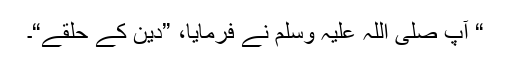
“ آپ صلی اللہ علیہ وسلم نے فرمایا، ”دین کے حلقے“۔